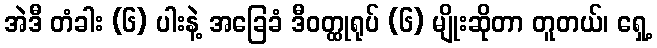
အဲဒီ တံခါး (၆) ပါးနဲ့ အခြေခံ ဒီဝတ္ထုရုပ် (၆) မျိုးဆိုတာ တူတယ်၊ ရှေ့